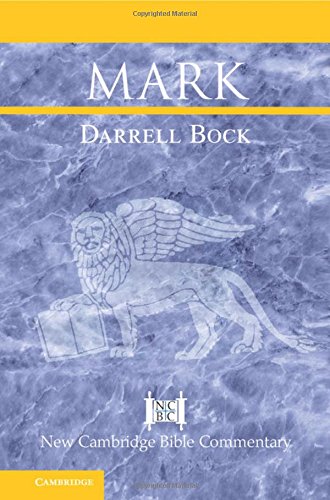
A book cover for Mark (New Cambridge Bible Commentary); Dr Darrell Bock; Christian Books & Bibles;